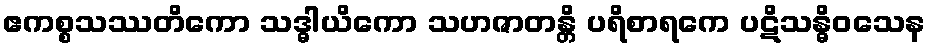
ဧကစ္စသဿတိကော သဒ္ဓါယိကော သဟဇာတန္တိ ပရိစာရကေ ပဋိသန္ဓိဝသေန